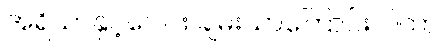
အရိယာနှင့်ပေါင်း ချမ်းသာကြောင်း ဂါထာ